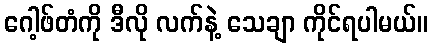
ဂေါ့ဖ်တံကို ဒီလို လက်နဲ့ သေချာ ကိုင်ရပါမယ်။